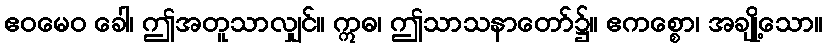
ဧဝမေဝ ခေါ၊ ဤအတူသာလျှင်။ ဣဓ၊ ဤသာသနာတော်၌။ ဧကစ္စော၊ အချို့သော။